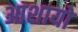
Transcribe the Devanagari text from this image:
आशायों